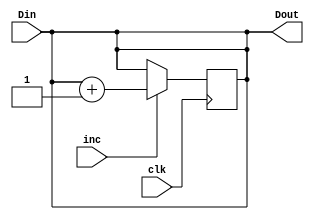
module SRegister(
	input wire clk,
	input wire inc,
	input wire [17:0] Din,
	output wire [17:0] Dout
	);
	reg [17:0] d;
	assign Dout = d;
	
	always @(posedge clk) begin
        if (inc) d = d+18'd1;
	end
	always @(Din) begin
        d=Din;
    end
	
	
endmodule